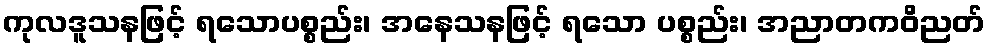
ကုလဒူသနဖြင့် ရသောပစ္စည်း၊ အနေသနဖြင့် ရသော ပစ္စည်း၊ အညာတကဝိညတ်